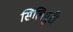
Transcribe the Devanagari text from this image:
सिलिगुरी